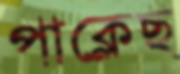
পাক্‌লেছ